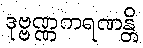
ဒုဗ္ဗဏ္ဏကရဏန္တိ